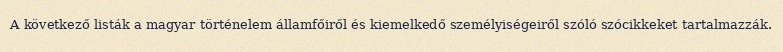
A következő listák a magyar történelem államfőiről és kiemelkedő személyiségeiről szóló szócikkeket tartalmazzák.